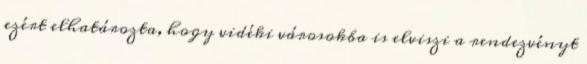
ezért elhatározta, hogy vidéki városokba is elviszi a rendezvényt